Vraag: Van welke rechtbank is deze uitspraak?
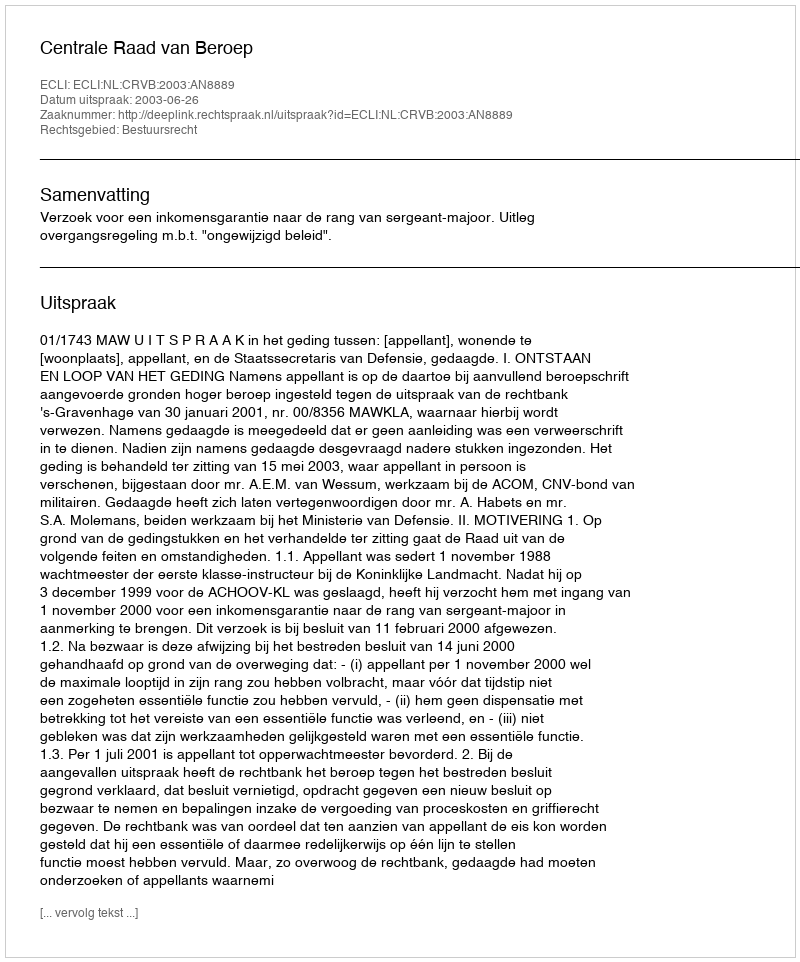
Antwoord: Centrale Raad van Beroep